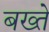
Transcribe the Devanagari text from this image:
बख्ते